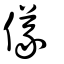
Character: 儀